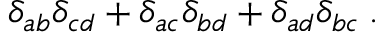
\delta _ { a b } \delta _ { c d } + \delta _ { a c } \delta _ { b d } + \delta _ { a d } \delta _ { b c } \: .